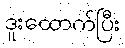
ဒူးထောက်ပြီး